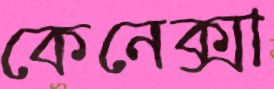
কেনেক্সা